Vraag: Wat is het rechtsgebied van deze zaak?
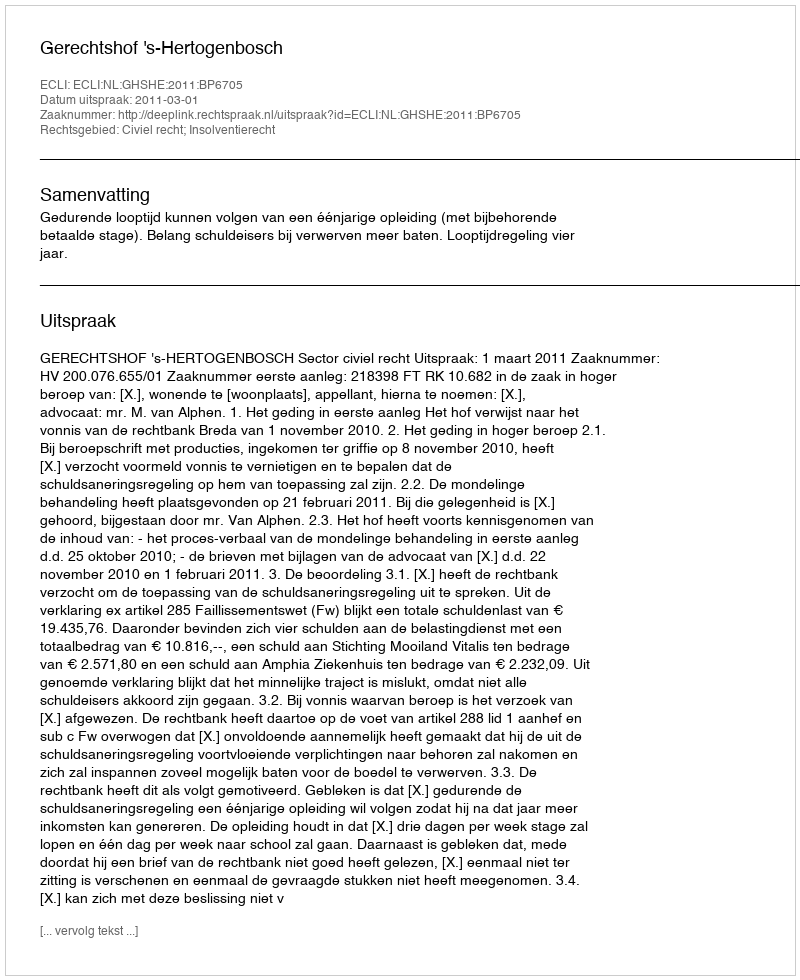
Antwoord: Civiel recht; Insolventierecht